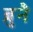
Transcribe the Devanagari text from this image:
ब्रुनै